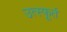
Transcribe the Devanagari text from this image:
उत्‍स्फूर्त